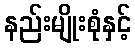
နည်းမျိုးစုံနှင့်